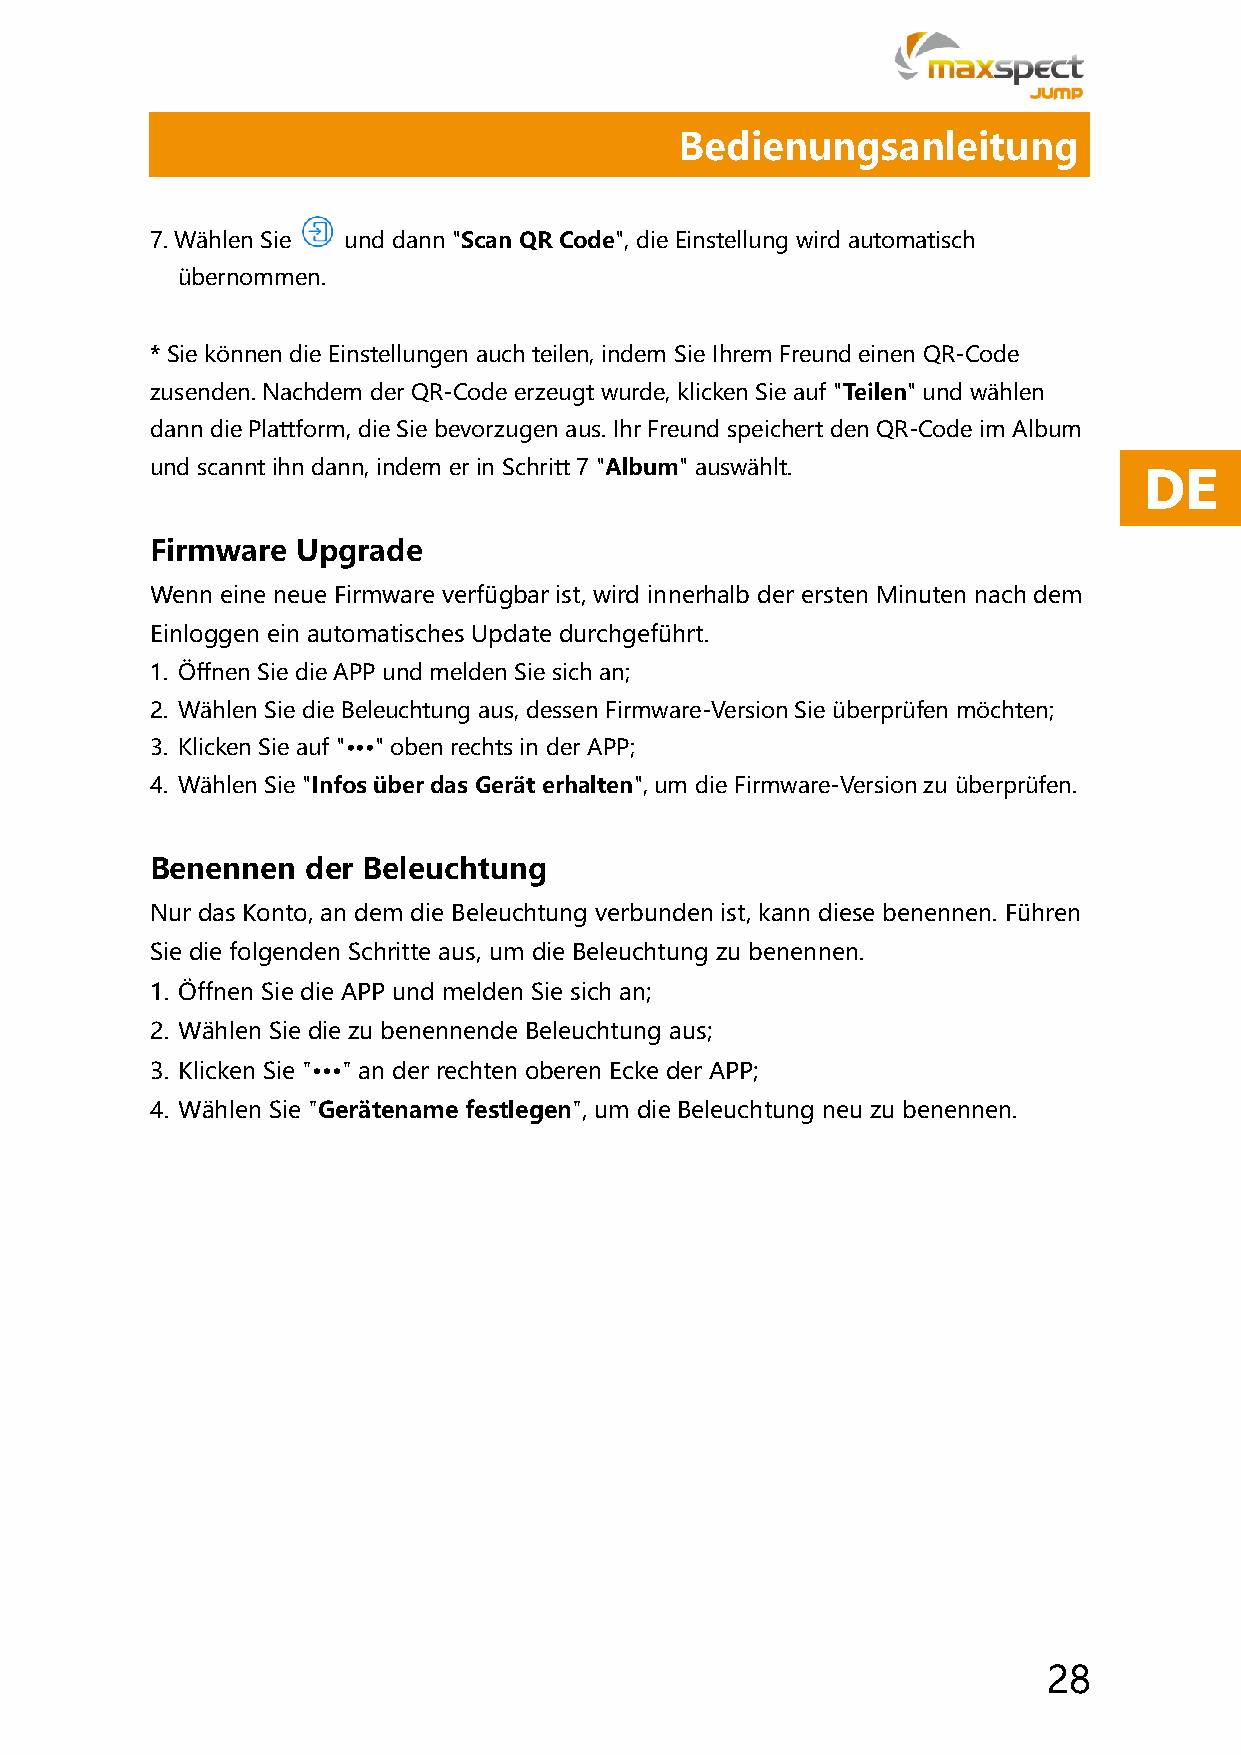
Bedienungsanleitung
 7. Wählen Sie und dann "Scan QR Code", die Einstellung wird automatisch
 übernommen.
 * Sie können die Einstellungen auch teilen, indem Sie Ihrem Freund einen QR-Code
 zusenden. Nachdem der QR-Code erzeugt wurde, klicken Sie auf "Teilen" und wählen
 dann die Plattform, die Sie bevorzugen aus. Ihr Freund speichert den QR-Code im Album
 und scannt ihn dann, indem er in Schritt 7 "Album" auswählt.
 DE
 Firmware  Upgrade
 Wenn eine neue Firmware verfügbar ist, wird innerhalb der ersten Minuten nach dem
 Einloggen ein automatisches Update durchgeführt.
 1. Öffnen Sie die APP und melden Sie sich an;
 2. Wählen Sie die Beleuchtung aus, dessen Firmware-Version Sie überprüfen möchten;
 3. Klicken Sie auf "∙∙∙" oben rechts in der APP;
 4. Wählen Sie "Infos über das Gerät erhalten", um die Firmware-Version zu überprüfen.
 Benennen  der Beleuchtung
 Nur das Konto, an dem die Beleuchtung verbunden ist, kann diese benennen. Führen
 Sie die folgenden Schritte aus, um die Beleuchtung zu benennen.
 1. Öffnen Sie die APP und melden Sie sich an;
 2. Wählen Sie die zu benennende Beleuchtung aus;
 3. Klicken Sie "∙∙∙" an der rechten oberen Ecke der APP;
 4. Wählen Sie "Gerätename festlegen", um die Beleuchtung neu zu benennen.
 28